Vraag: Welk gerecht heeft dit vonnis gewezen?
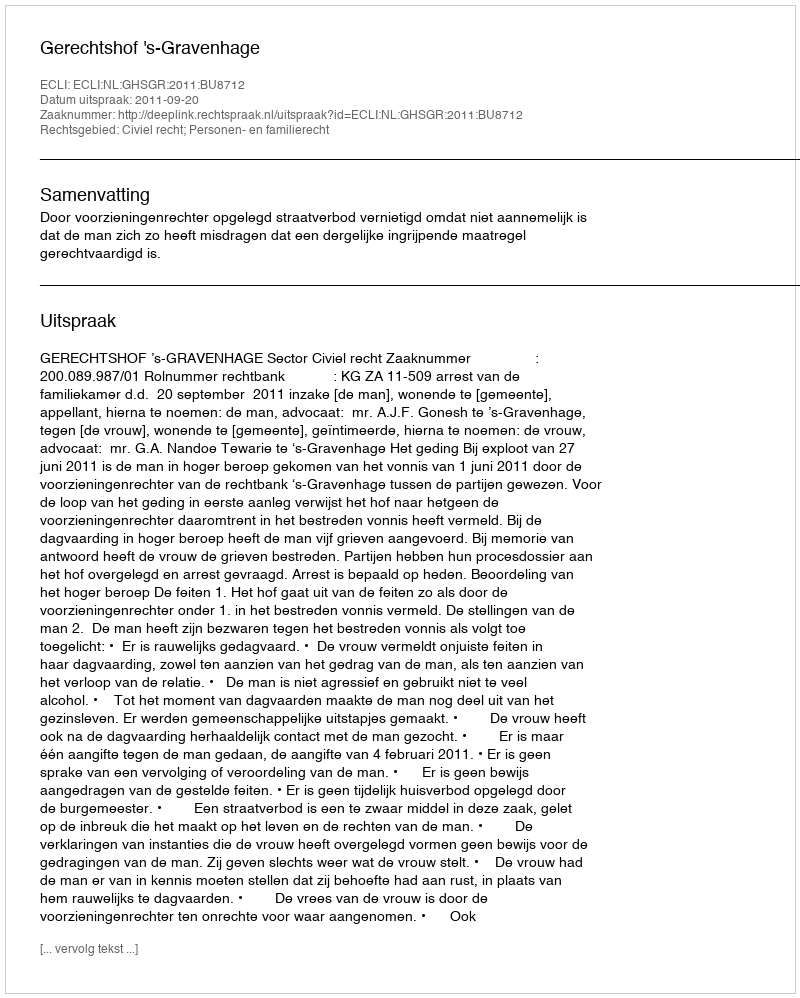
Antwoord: Gerechtshof 's-Gravenhage